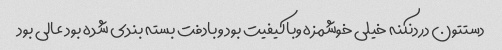
دستتون دردنکنه خیلی خوشمزه وباکیفیت بود وبادفت بسته بندی شده بود عالی بود